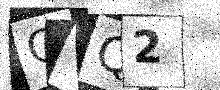
Text: QTQ2